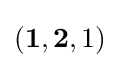
(\mathbf {1} ,\mathbf {2} ,1)